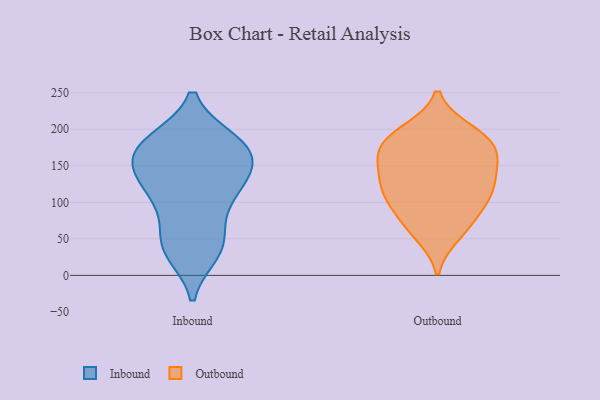
{"axis": {"x": "Market Share (%)", "y": "Value"}, "legend": ["Inbound", "Outbound"], "data": [{"x": "", "y": 184, "type": "Inbound"}, {"x": "", "y": 180, "type": "Inbound"}, {"x": "", "y": 145, "type": "Inbound"}, {"x": "", "y": 157, "type": "Inbound"}, {"x": "", "y": 176, "type": "Inbound"}, {"x": "", "y": 40, "type": "Inbound"}, {"x": "", "y": 43, "type": "Inbound"}, {"x": "", "y": 98, "type": "Inbound"}, {"x": "", "y": 124, "type": "Inbound"}, {"x": "", "y": 32, "type": "Inbound"}, {"x": "", "y": 177, "type": "Inbound"}, {"x": "", "y": 134, "type": "Inbound"}, {"x": "", "y": 150, "type": "Inbound"}, {"x": "", "y": 91, "type": "Inbound"}, {"x": "", "y": 41, "type": "Inbound"}, {"x": "", "y": 120, "type": "Inbound"}, {"x": "", "y": 182, "type": "Inbound"}, {"x": "", "y": 84, "type": "Outbound"}, {"x": "", "y": 147, "type": "Outbound"}, {"x": "", "y": 80, "type": "Outbound"}, {"x": "", "y": 116, "type": "Outbound"}, {"x": "", "y": 172, "type": "Outbound"}, {"x": "", "y": 194, "type": "Outbound"}, {"x": "", "y": 104, "type": "Outbound"}, {"x": "", "y": 59, "type": "Outbound"}, {"x": "", "y": 194, "type": "Outbound"}, {"x": "", "y": 128, "type": "Outbound"}, {"x": "", "y": 198, "type": "Outbound"}, {"x": "", "y": 55, "type": "Outbound"}, {"x": "", "y": 134, "type": "Outbound"}, {"x": "", "y": 182, "type": "Outbound"}, {"x": "", "y": 109, "type": "Outbound"}, {"x": "", "y": 163, "type": "Outbound"}, {"x": "", "y": 159, "type": "Outbound"}, {"x": "", "y": 168, "type": "Outbound"}, {"x": "", "y": 117, "type": "Outbound"}]}